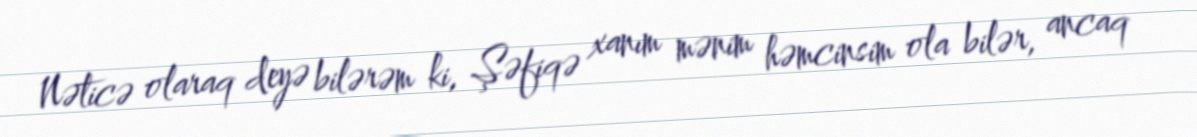
Nəticə olaraq deyə bilərəm ki, Şəfiqə xanım mənim həmcinsim ola bilər, ancaq